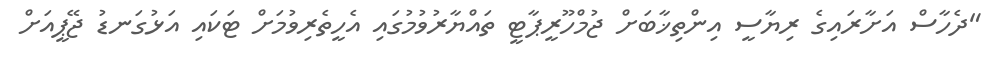
"ދެހާސް އަށާރައިގެ ރިޔާސީ އިންތިޚާބަށް ޖުމްހޫރީޕާޓީ ތައްޔާރުވުމުގައި އެހީތެރިވުމަށް ޓަކައި އަޅުގަނޑު ޖޭޕީއަށް